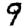
Digit: 9